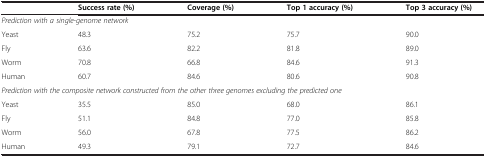
<table><thead><tr><td><b> </b></td><td><b>Success rate (%)</b></td><td><b>Coverage (%)</b></td><td><b>Top 1 accuracy (%)</b></td><td><b>Top 3 accuracy (%)</b></td></tr></thead><tbody><tr><td colspan="5"><i>Prediction with a single-genome network</i></td></tr><tr><td>Yeast</td><td>48.3</td><td>75.2</td><td>75.7</td><td>90.0</td></tr><tr><td>Fly</td><td>63.6</td><td>82.2</td><td>81.8</td><td>89.0</td></tr><tr><td>Worm</td><td>70.8</td><td>66.8</td><td>84.6</td><td>91.3</td></tr><tr><td>Human</td><td>60.7</td><td>84.6</td><td>80.6</td><td>90.8</td></tr><tr><td colspan="5"><i>Prediction with the composite network constructed from the other three genomes excluding the predicted one</i></td></tr><tr><td>Yeast</td><td>35.5</td><td>85.0</td><td>68.0</td><td>86.1</td></tr><tr><td>Fly</td><td>51.1</td><td>84.8</td><td>77.0</td><td>85.8</td></tr><tr><td>Worm</td><td>56.0</td><td>67.8</td><td>77.5</td><td>86.2</td></tr><tr><td>Human</td><td>49.3</td><td>79.1</td><td>72.7</td><td>84.6</td></tr></tbody></table>